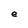
Character: e